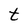
Character: t